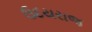
ઉદયરાજ